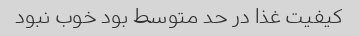
کیفیت غذا در حد متوسط بود خوب نبود